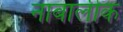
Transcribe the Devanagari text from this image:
नाबालीक